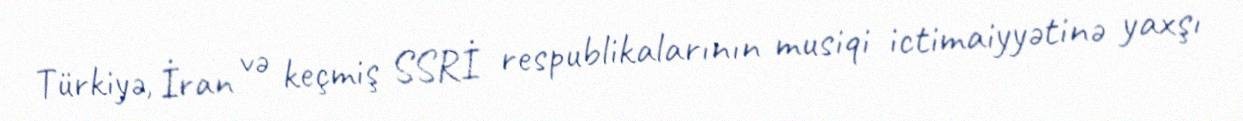
Türkiyə, İran və keçmiş SSRİ respublikalarının musiqi ictimaiyyətinə yaxşı